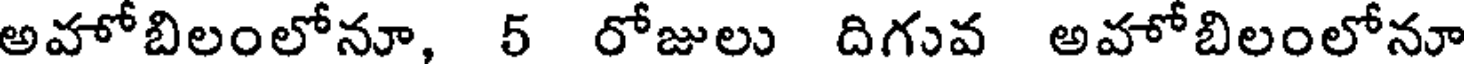
అవోబిలంలోనూ, 5 రోజులు దిగువ అవోబిలంలోనూ